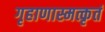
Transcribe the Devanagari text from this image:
गृहाणास्मत्कृतं